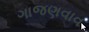
ગાજણવાવ